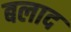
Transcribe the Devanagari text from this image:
बलाद